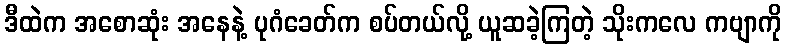
ဒီထဲက အစောဆုံး အနေနဲ့ ပုဂံခေတ်က စပ်တယ်လို့ ယူဆခဲ့ကြတဲ့ သိုးကလေ ကဗျာကို